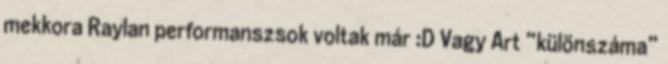
mekkora Raylan performanszsok voltak már :D Vagy Art “különszáma”